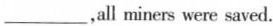
___，all miners were saved.